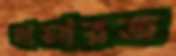
বাসারত